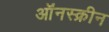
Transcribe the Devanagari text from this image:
ऑंनस्क्रीन